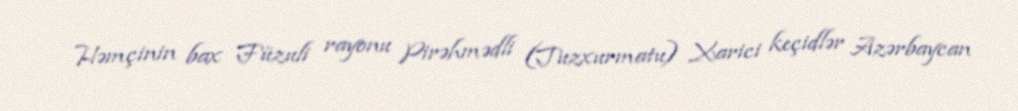
Həmçinin bax Füzuli rayonu Pirəhmədli (Tuzxurmatu) Xarici keçidlər Azərbaycan